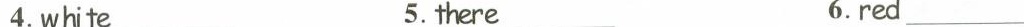
4.white __5. there___ 6.red__